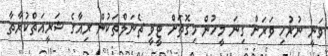
ވަނީ ނުރުހި ވަރަށް ގިނަ މީހުން މިގޮތަށް ޓީވީ ޗެނަލްތަކުން ރިއާގެ ޝަރީއަތްކުރާތާ